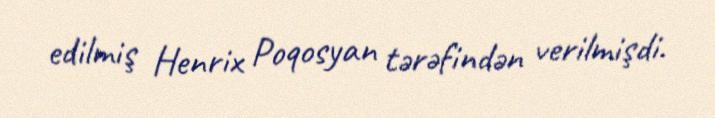
edilmiş Henrix Poqosyan tərəfindən verilmişdi.